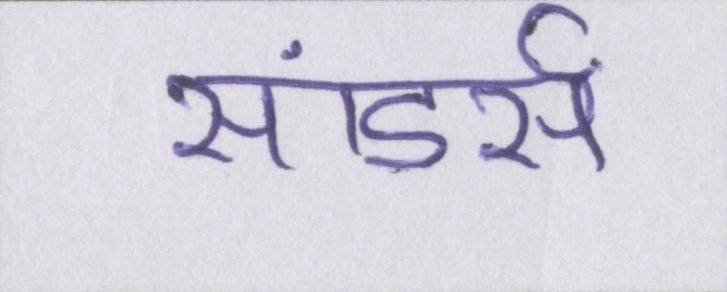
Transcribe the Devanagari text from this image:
सांडर्स